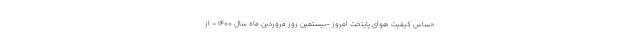
حساس کیفیت هوای پایتخت امروز -بیستمین روز فروردین ماه سال ۱۴۰۰ - از